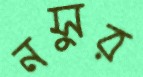
নসুর